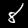
Label: 8